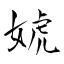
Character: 婋